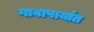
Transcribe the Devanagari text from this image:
गावापार्यात